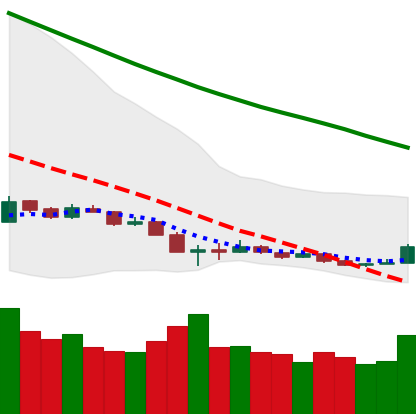
Ticker: ETH-USD
Chart end date: 2018-12-17
Forward return: 22.732%
Label: up_7plus